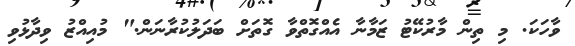
ވާހަކަ. މި ތިން މާރުކޭޓު ޒަމާނާ އެއްގޮތްވާ ގޮތަށް ބަދަލުކުރާނަން." މުއިއްޒު ވިދާޅުވި